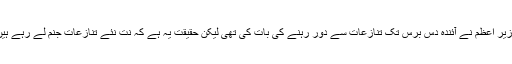
وزیر اعظم نے آئندہ دس برس تک تنازعات سے دور رہنے کی بات کی تھی لیکن حقیقت یہ ہے کہ نت نئے تنازعات جنم لے رہے ہیں۔